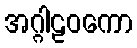
အဂ္ဂါဠဝကော